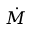
\dot { M }